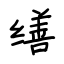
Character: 缮